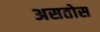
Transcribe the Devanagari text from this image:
असतोस